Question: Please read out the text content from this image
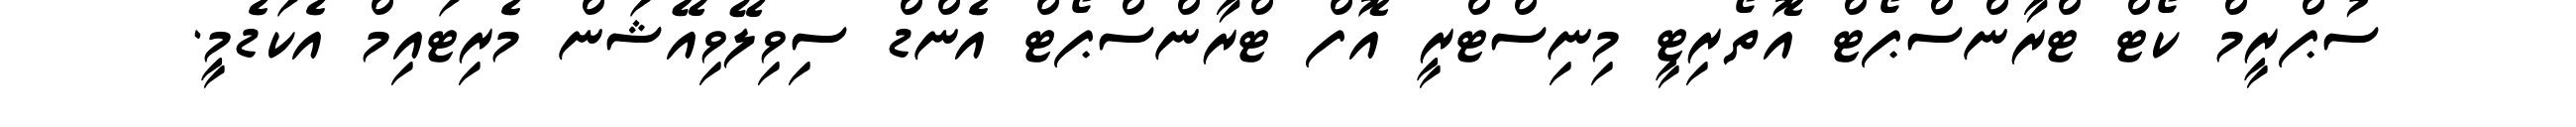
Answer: ސުޕްރީމް ކޯޓް ޓްރާންސްޕޯޓް އޮތޯރިޓީ މިނިސްޓްރީ އޮފް ޓްރާންސްޕޯޓް އެންޑް ސިވިލޭވިއޭޝަން މެރިޓައިމް އެކަޑެމީ.